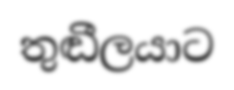
තුඬීලයාට